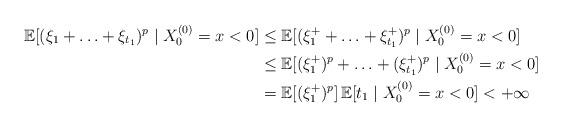
LaTeX: \begin{align*} \mathbb E[(\xi_1+ \ldots+\xi_{t_1})^p \mid X_0^{(0)}=x<0] &\leq \mathbb E[({\xi_1^+}+ \ldots+{\xi_{t_1}^+})^p\mid X_0^{(0)}=x<0]\\ &\leq \mathbb E[(\xi_1^+)^p+\ldots +(\xi_{t_1}^+)^p\mid X_0^{(0)}=x<0]\\ &= \mathbb E[(\xi_1^+)^p] \, \mathbb E[t_1\mid X_0^{(0)}=x<0]<+\infty \end{align*}